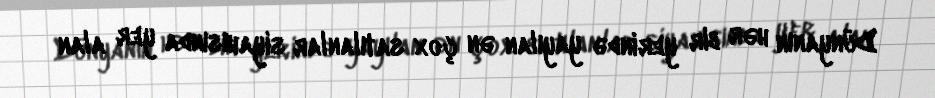
Dünyanın hər bir yerində yayılan ən çox satılanlar siyahısında yer alan